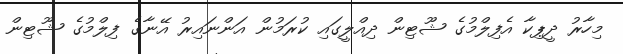
މިހާރު ދީޕިކާ އެފިލްމުގެ ޝޫޓިން ދިއްލީގައި ކުރަމުން އަންނައިރު އޭނާގެ ފިލްމުގެ ޝޫޓިން